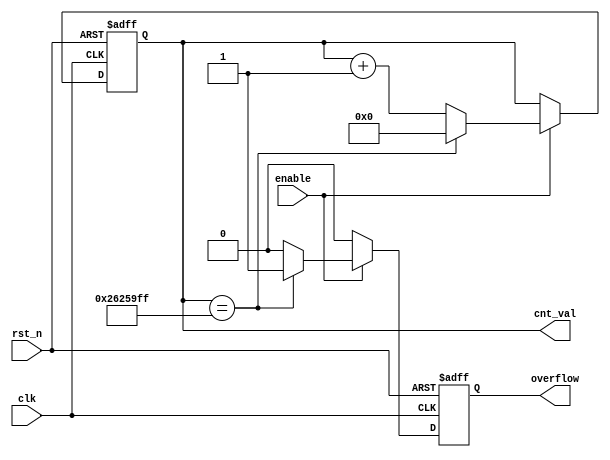
module cnter_enb_ovf (// Inputs
 clk,
rst_n,
enable,
// Outputs
overflow ,
cnt_val
 );
parameter BITS = 32;
parameter MAX = 40000000 ;
//---- Port Declarations ----
input clk;
input rst_n;
input enable;
output overflow ;
output [BITS-1:0] cnt_val ;
//-- Intermediate sinal declarations
reg [BITS-1:0] cnt_val ;
reg overflow ;
always @(posedge clk or negedge rst_n)
begin
 if(~rst_n) begin
 cnt_val <= 0;
 overflow <= 1'b0;
 end
 else if(enable) begin
 if(cnt_val == MAX-1) begin
 cnt_val <= 0;
 overflow <= 1'b1;
 end
 else begin
 cnt_val <= cnt_val + 1;
 overflow <= 1'b0;
 end
 end
 else begin
 cnt_val <= cnt_val ;
 overflow <= 1'b0;
 end
end
endmodule